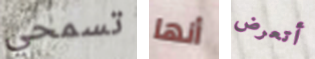
تسمحي أنها أتعرض